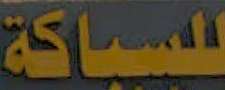
للسباكة